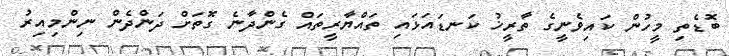
ބޮޑެތި މީހުން ކައިވެނީގެ ތާރީޚު ކަނޑައަޅައި ތައްޔާރީތައް ގެންދާނެ ގޮތަށް ދަންދެން ނިންމިއިރު